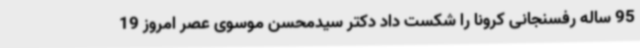
95 ساله رفسنجانی کرونا را شکست داد دکتر سیدمحسن موسوی عصر امروز 19